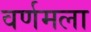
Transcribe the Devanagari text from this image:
वर्णमला